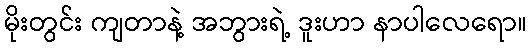
မိုးတွင်း ကျတာနဲ့ အဘွားရဲ့ ဒူးဟာ နာပါလေရော။